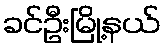
ခင်ဦးမြို့နယ်